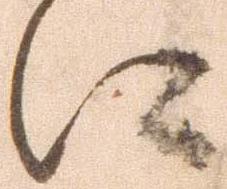
に